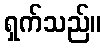
ရှက်သည်။